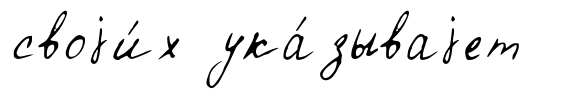
своjи́х ука́зываjет